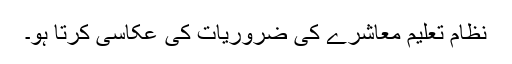
نظام تعلیم معاشرے کی ضروریات کی عکاسی کرتا ہو۔